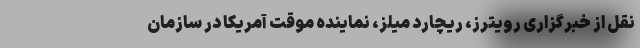
نقل از خبرگزاری رویترز، ریچارد میلز، نماینده موقت آمریکا در سازمان